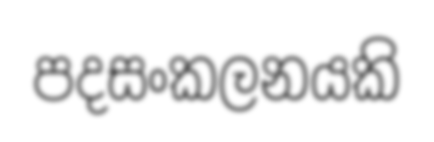
පදසංකලනයකි